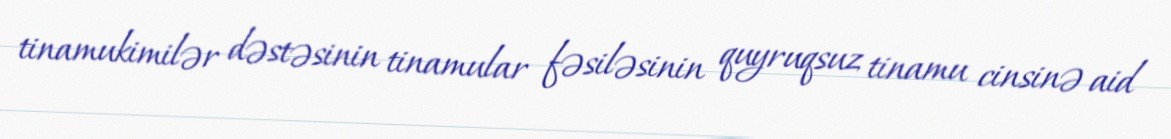
tinamukimilər dəstəsinin tinamular fəsiləsinin quyruqsuz tinamu cinsinə aid